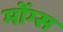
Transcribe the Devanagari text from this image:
मोंग्स